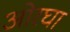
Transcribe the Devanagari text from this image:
ओरघा